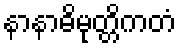
နာနာဓိမုတ္တိကတံ